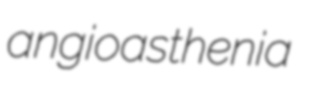
angioasthenia